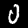
Digit: 0